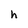
Character: h